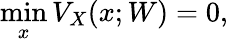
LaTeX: \operatorname*{min}_{x}V_{X}(x;W)=0,